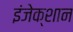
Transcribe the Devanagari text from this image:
इंजेक्शान